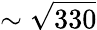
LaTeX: \sim\sqrt{330}